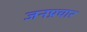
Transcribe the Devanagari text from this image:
जनप्रचार